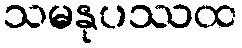
သမနုပဿထ